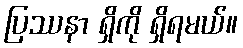
ပြဿနာ ရှိကို ရှိရမယ်။